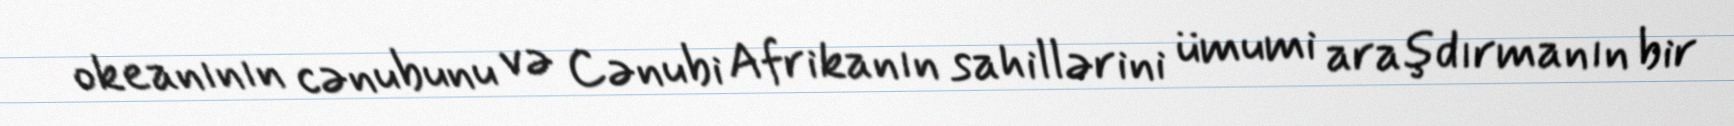
okeanının cənubunu və Cənubi Afrikanın sahillərini ümumi araşdırmanın bir